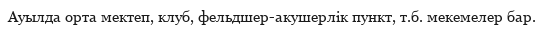
Ауылда орта мектеп, клуб, фельдшер-акушерлік пункт, т.б. мекемелер бар.